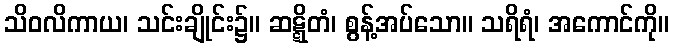
သိဝလိကာယ၊ သင်းချိုင်း၌။ ဆဋ္ဋိတံ၊ စွန့်အပ်သော။ သရိရံ၊ အကောင်ကို။